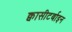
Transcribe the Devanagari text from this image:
क्वासीटर्बाइन